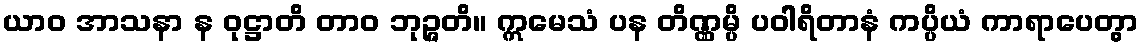
ယာဝ အာသနာ န ဝုဋ္ဌာတိ တာဝ ဘုဉ္ဇတိ။ ဣမေသံ ပန တိဏ္ဏမ္ပိ ပဝါရိတာနံ ကပ္ပိယံ ကာရာပေတွာ